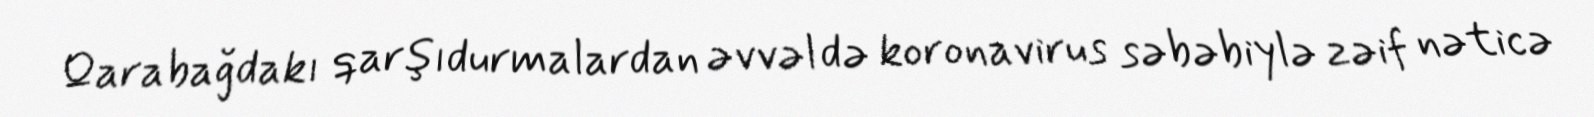
Qarabağdakı qarşıdurmalardan əvvəl də koronavirus səbəbiylə zəif nəticə